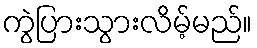
ကွဲပြားသွားလိမ့်မည်။